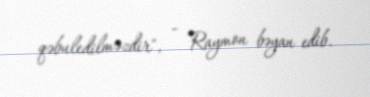
qəbuledilməzdir", - Raymon bəyan edib.